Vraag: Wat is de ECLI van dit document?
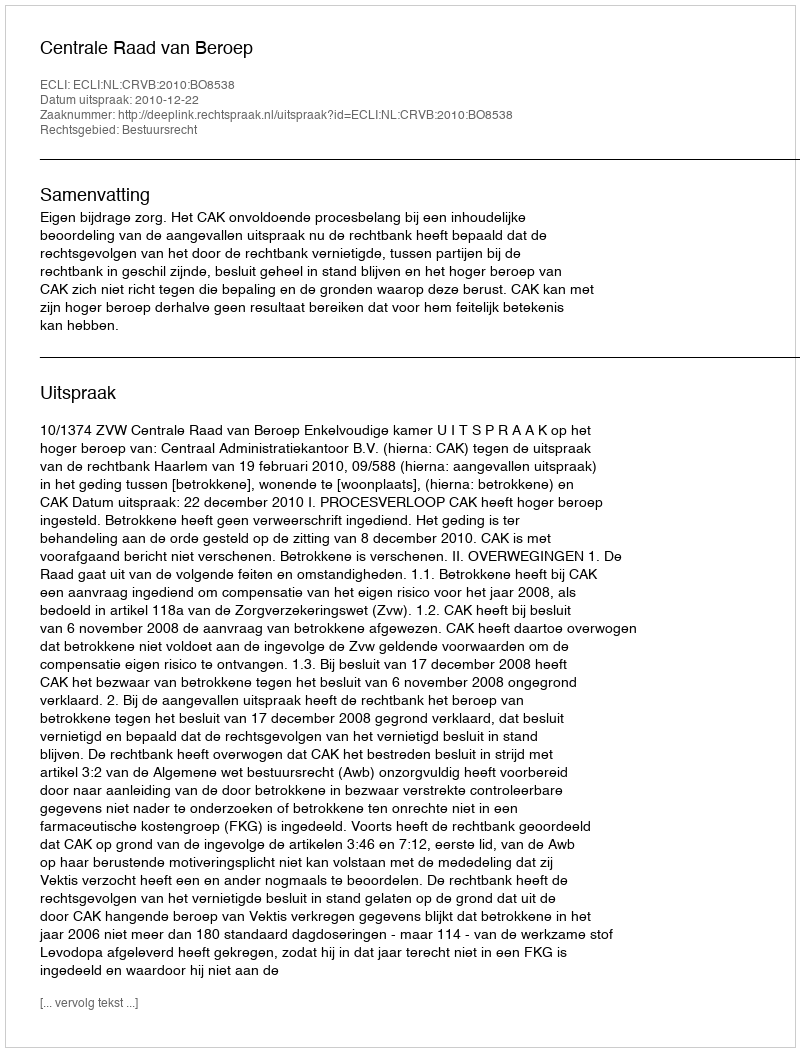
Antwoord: ECLI:NL:CRVB:2010:BO8538